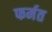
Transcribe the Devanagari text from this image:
फर्मत